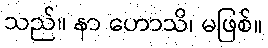
သည်။ နာ ဟောသိ၊ မဖြစ်။